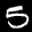
Label: 5